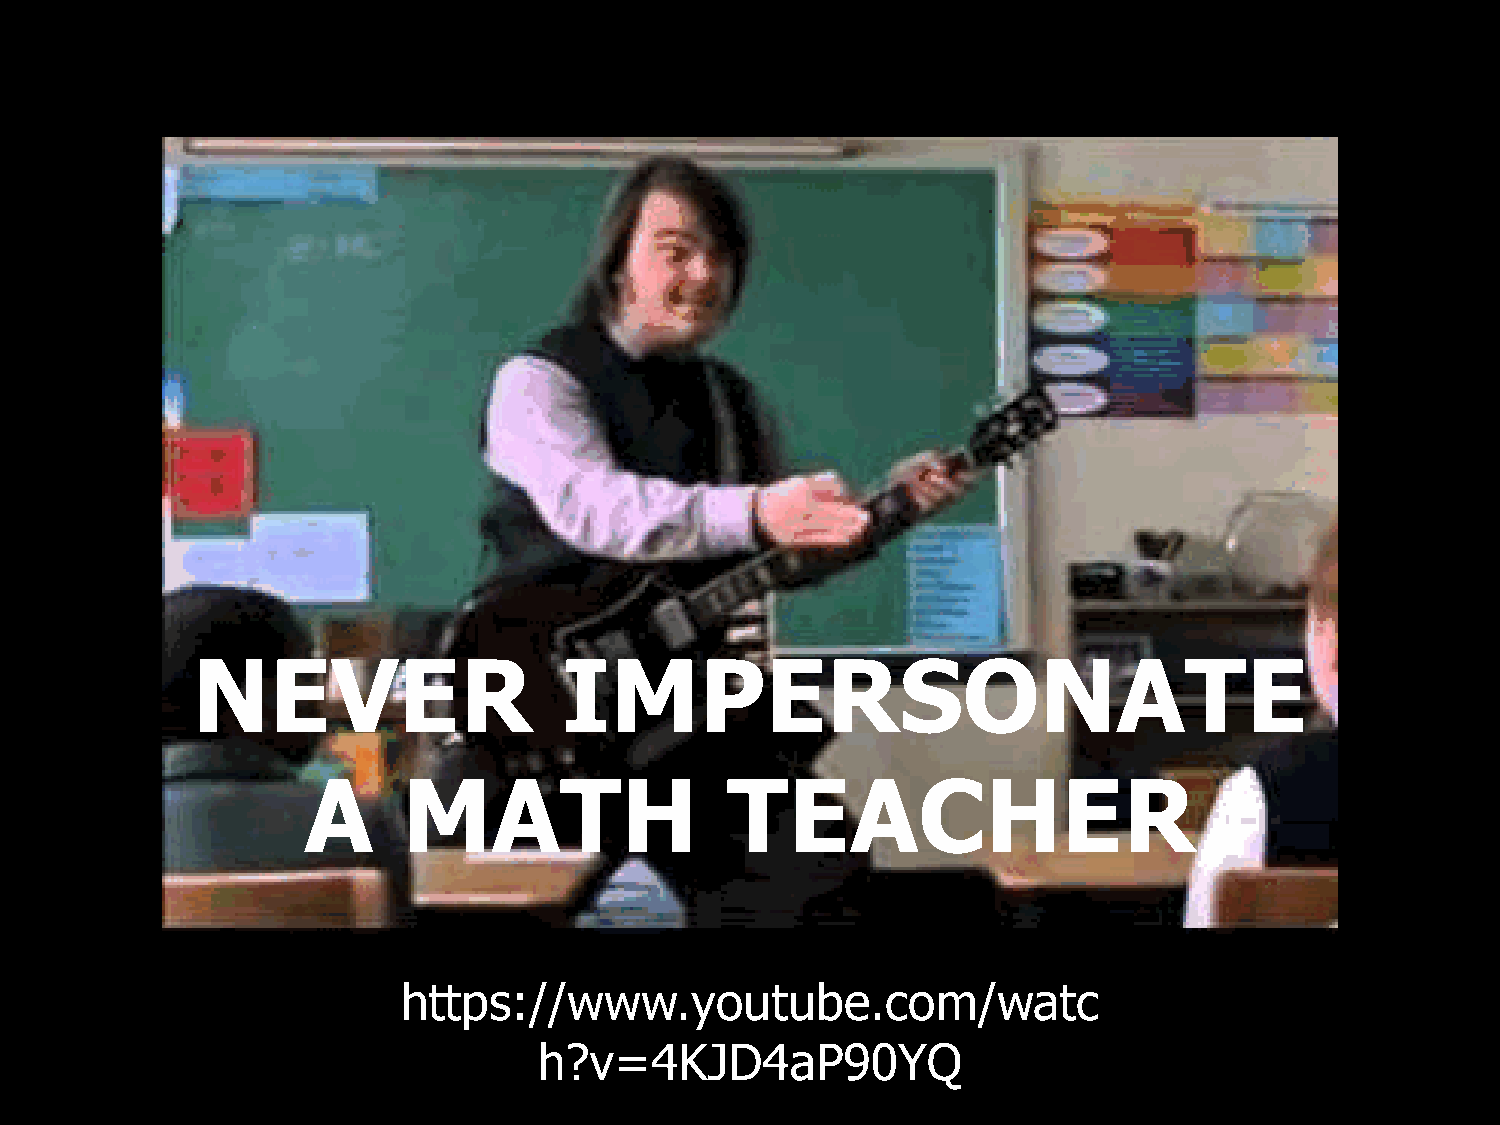
NEVER                   IMPERSONATE
 A      MATH                 TEACHER
 https://www.youtube.com/watc
 h?v=4KJD4aP90YQ